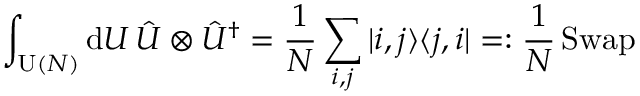
\int _ { \operatorname { U } ( N ) } \mathrm { d } U \, \hat { U } \otimes \hat { U } ^ { \dag } = \frac { 1 } { N } \sum _ { i , j } | i , j \rangle \langle j , i | = : \frac { 1 } { N } \operatorname { S w a p }